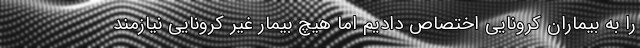
را به بیماران کرونایی اختصاص دادیم اما هیچ بیمار غیر کروناییِ نیازمندِ